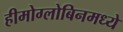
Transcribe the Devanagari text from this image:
हीमोग्लोबिनमध्ये